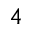
4